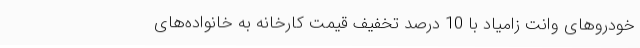
خودروهای وانت زامیاد با 10 درصد تخفیف قیمت کارخانه به خانواده‌های